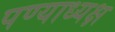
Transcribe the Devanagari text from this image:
पण्याध्यक्ष